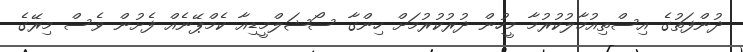
ދުންފަތުގެ އިސްތިއުމާލުކުރުމާ މީހުން ދުރުކުރުމަށް ހިންގާ ސޯޝަލްމީޑިއާ ކެމްޕޭނެއް ފެށުން ވެސް މިރޭގެ